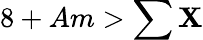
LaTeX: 8+Am>\sum\mathbf{X}